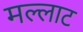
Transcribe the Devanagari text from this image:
मल्लाट